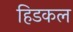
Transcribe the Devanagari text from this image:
हिडकल